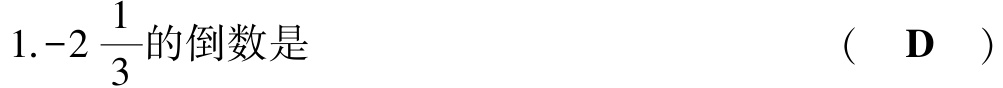
1.$-2\frac{1}{3}$的倒数是  （  D  ）